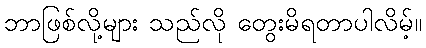
ဘာဖြစ်လို့များ သည်လို တွေးမိရတာပါလိမ့်။